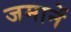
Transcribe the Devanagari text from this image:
जमानें